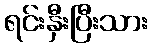
ရင်းနှီးပြီးသား